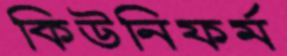
কিউনিফর্ম